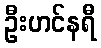
ဦးဟင်နရီ